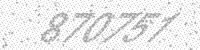
Solution: 870751